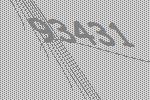
93431